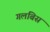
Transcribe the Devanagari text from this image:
गलबिस